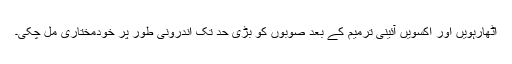
اٹھارہویں اور اکسویں آئینی ترمیم کے بعد صوبوں کو بڑی حد تک اندرونی طور پر خودمختاری مل چکی۔